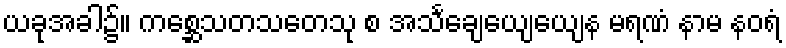
ယခုအခါ၌။ ကစ္ဆေသတသတေသု စ အသင်္ချေယျေယျေန မရဏံ နာမ နဝရံ